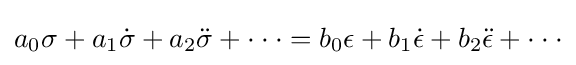
a_{0}\sigma +a_{1}{\dot {\sigma }}+a_{2}{\ddot {\sigma }}+\cdot \cdot \cdot =b_{0}\epsilon +b_{1}{\dot {\epsilon }}+b_{2}{\ddot {\epsilon }}+\cdot \cdot \cdot